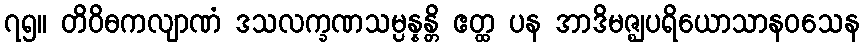
၇၅။ တိဝိဓကလျာဏံ ဒသလက္ခဏသမ္ပန္နန္တိ ဧတ္ထ ပန အာဒိမဇ္ဈပရိယောသာနဝသေန